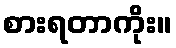
စားရတာကိုး။